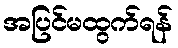
အပြင်မထွက်ရန်